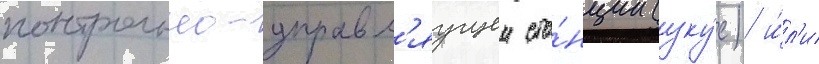
контрольно-управл'яущеи ста́нции (уку́с) и́л'и